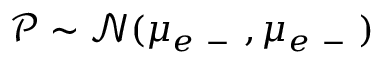
\mathscr P \sim \mathcal N ( \mu _ { e \mathrm { ~ - ~ } } , \mu _ { e \mathrm { ~ - ~ } } )